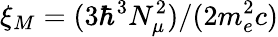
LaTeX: \xi_{M}=(3\hbar^{3}N_{\mu}^{2})/(2m_{e}^{2}c)